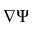
\nabla \Psi